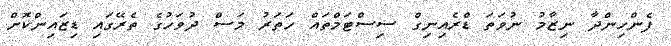
ފެންހިންދާ ނިޒާމު ނުވަތަ ޑްރެއިނިގް ސިސްޓަމްތައް ހަތަރު މަސް ދުވަހުގެ ތެރޭގައި ޑިޒައިންކޮށް